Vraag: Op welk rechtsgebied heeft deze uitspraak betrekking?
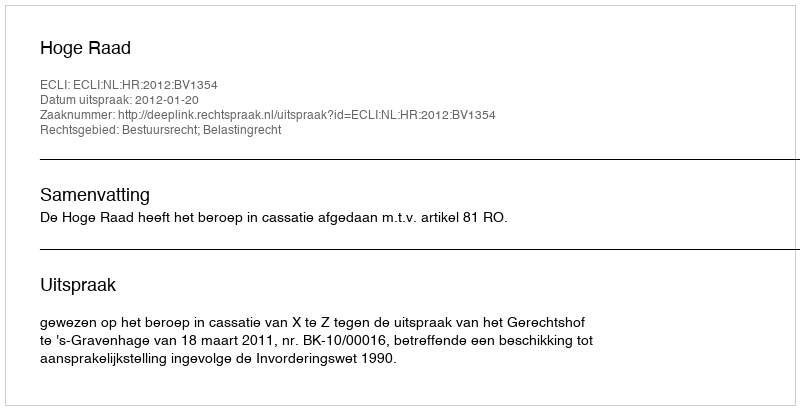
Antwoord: Bestuursrecht; Belastingrecht